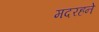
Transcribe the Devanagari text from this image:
मदरहने